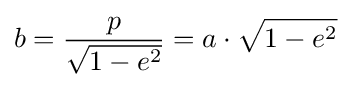
b={\frac {p}{\sqrt {1-e^{2}}}}=a\cdot {\sqrt {1-e^{2}}}